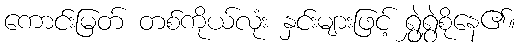
ကောင်းမြတ် တစ်ကိုယ်လုံး နှင်းများဖြင့် ရွှဲရွှဲစိုနေ၏။